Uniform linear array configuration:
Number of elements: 12
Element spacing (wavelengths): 1
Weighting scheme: exponential
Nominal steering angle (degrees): -15
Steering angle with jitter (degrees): -14.581
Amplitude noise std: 0.05
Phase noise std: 0.05

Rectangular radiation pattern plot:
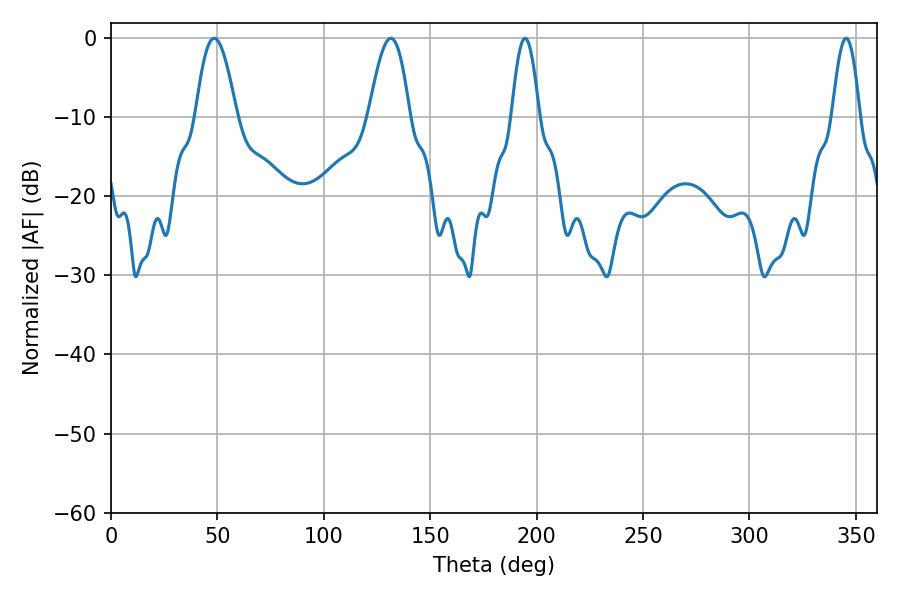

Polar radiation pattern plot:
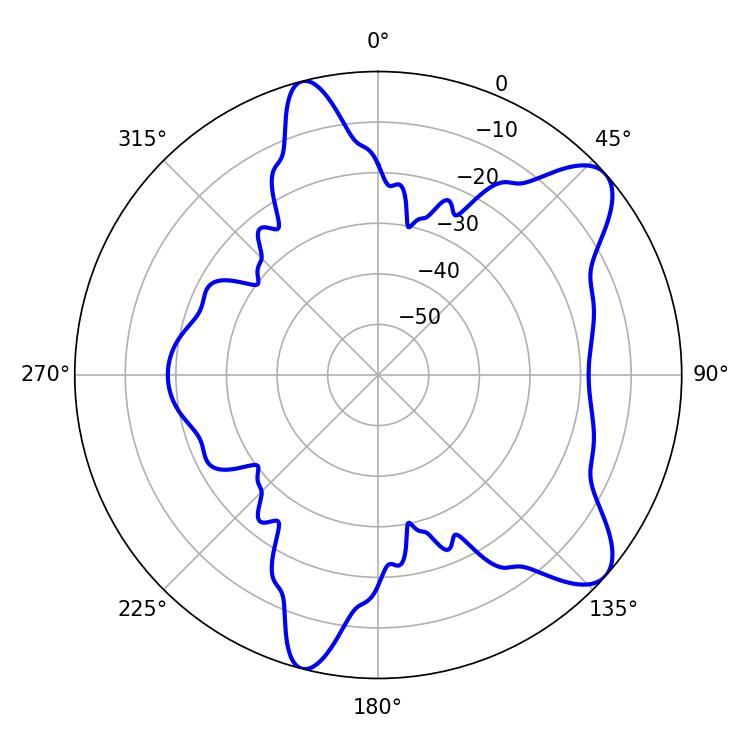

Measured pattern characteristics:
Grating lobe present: TRUE
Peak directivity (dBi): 9.044
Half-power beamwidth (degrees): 6.84
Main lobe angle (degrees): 194.58